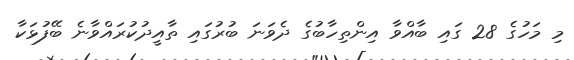
މި މަހުގެ 28 ގައި ބާއްވާ އިންތިހާބުގެ ދެވަނަ ބުރުގައި ތާއީދުކުރައްވާނެ ބޭފުޅަކާ